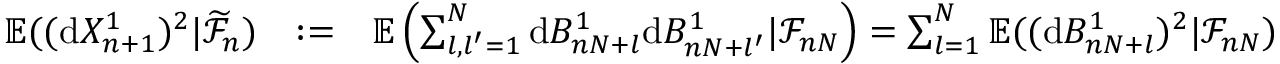
\begin{array} { r l r } { \mathbb { E } ( ( \mathrm { d } X _ { n + 1 } ^ { 1 } ) ^ { 2 } | \widetilde { \mathcal { F } } _ { n } ) } & { : = } & { \mathbb { E } \left( \sum _ { l , l ^ { \prime } = 1 } ^ { N } \mathrm { d } B _ { n N + l } ^ { 1 } \mathrm { d } B _ { n N + l ^ { \prime } } ^ { 1 } | \mathcal { F } _ { n N } \right) = \sum _ { l = 1 } ^ { N } \mathbb { E } ( ( \mathrm { d } B _ { n N + l } ^ { 1 } ) ^ { 2 } | \mathcal { F } _ { n N } ) } \end{array}